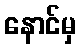
နောင်မှ